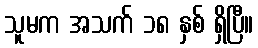
သူမက အသက် ၁၈ နှစ် ရှိပြီ။